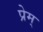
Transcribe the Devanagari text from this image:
प्रेम्